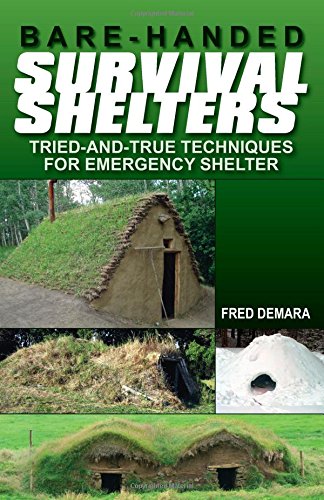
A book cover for Bare-Handed Survival Shelters; Fred Damara; Crafts, Hobbies & Home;